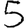
Digit: 5